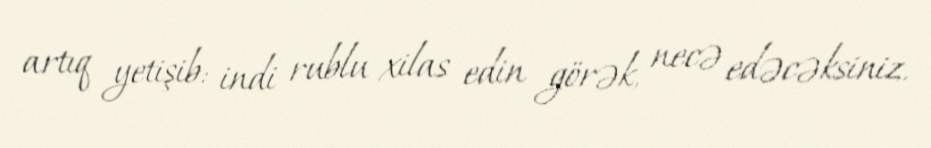
artıq yetişib: indi rublu xilas edin görək, necə edəcəksiniz.